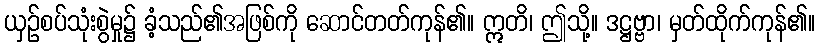
ယှဉ်စပ်သုံးစွဲမှု၌ ခံ့သည်၏အဖြစ်ကို ဆောင်တတ်ကုန်၏။ ဣတိ၊ ဤသို့။ ဒဋ္ဌဗ္ဗာ၊ မှတ်ထိုက်ကုန်၏။